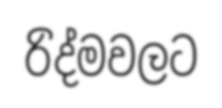
රිද්මවලට